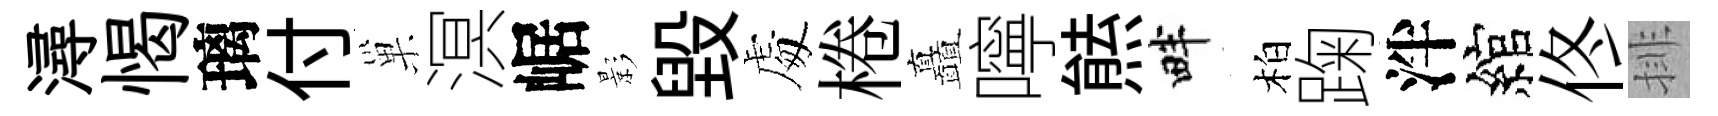
潯愒璃付巢溟崌影毁䖏棬矗嚀㷱畔柏踘泮綰佟排